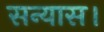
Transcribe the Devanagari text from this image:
सन्यास।